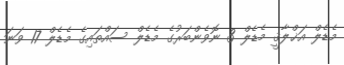
މެޑެލް އަޚްލާޤީ މެޑެލް 3 ނޮވެންބަރުގެ މެޑެލް ސައްތައިގެ މެޑެލް 17 ވަނަ